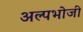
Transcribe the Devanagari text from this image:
अल्पभोजी